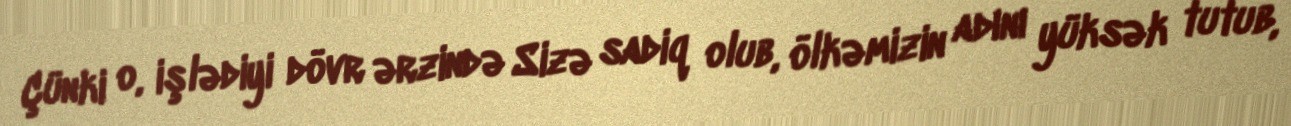
Çünki o, işlədiyi dövr ərzində Sizə sadiq olub, ölkəmizin adını yüksək tutub,